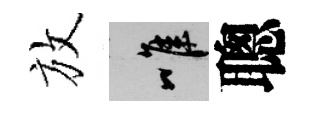
放唯聰